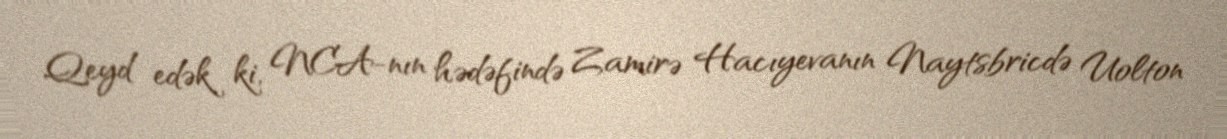
Qeyd edək ki, NCA-nın hədəfində Zamirə Hacıyevanın Naytsbricdə Uolton